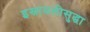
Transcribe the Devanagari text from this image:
इस्रायलीसुद्धा